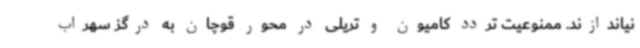
نیاندازند. ممنوعیت تردد کامیون و تریلی در محور قوچان به درگز سهراب